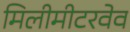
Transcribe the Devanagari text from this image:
मिलीमीटरवेव